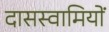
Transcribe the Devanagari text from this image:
दासस्वामियों